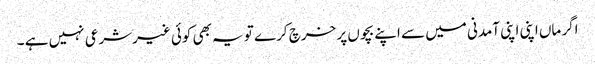
اگر ماں اپنی اپنی آمدنی میں سے اپنے بچوں پر خرچ کرے تو یہ بھی کوئی غیرشرعی نہیں ہے ۔